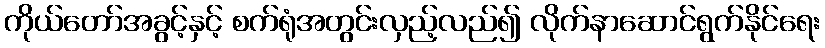
ကိုယ်တော်အခွင့်နှင့် စက်ရုံအတွင်းလှည့်လည်၍ လိုက်နာဆောင်ရွက်နိုင်ရေး